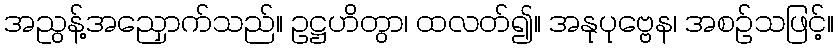
အညွန့်အညှောက်သည်။ ဥဋ္ဌဟိတွာ၊ ထလတ်၍။ အနုပုဗ္ဗေန၊ အစဉ်သဖြင့်။